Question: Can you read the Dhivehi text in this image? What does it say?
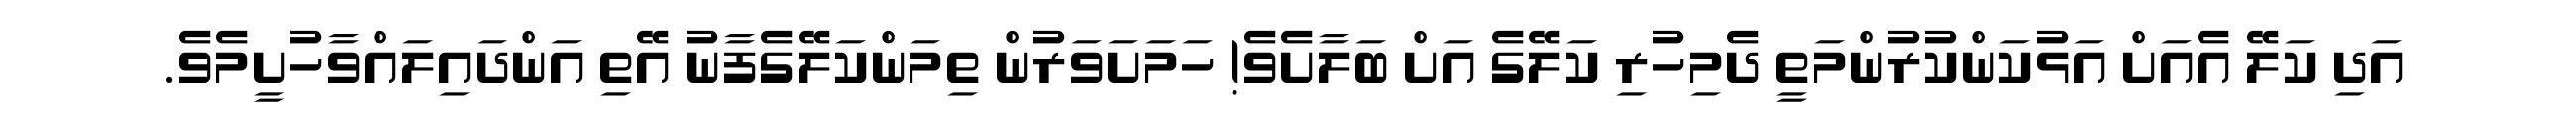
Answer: އަދި ކަލޭ އެއަށް އަޅުކަންކުރުންމަތީ ދެމިހުރި ކަލޭގެ އަށް ބަލާށެވެ! ހަމަށަވަރުން ތިމަންކަލޭގެފާނު އޭތި އަންދައިލައްވާހުށީމެވެ.